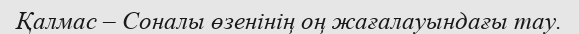
Қалмас – Соналы өзенінің оң жағалауындағы тау.